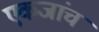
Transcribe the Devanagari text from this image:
एकजांच